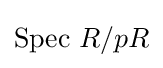
{\text{Spec }}R/pR